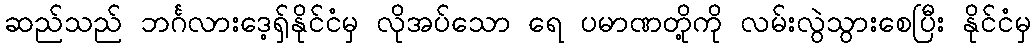
ဆည်သည် ဘင်္ဂလားဒေ့ရှ်နိုင်ငံမှ လိုအပ်သော ရေ ပမာဏတို့ကို လမ်းလွဲသွားစေပြီး နိုင်ငံမှ